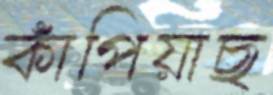
কাঁপিয়াছ